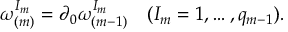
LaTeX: \omega _ { ( m ) } ^ { I _ { m } } = \partial _ { 0 } \omega _ { ( m - 1 ) } ^ { I _ { m } } \quad ( I _ { m } = 1 , \ldots , q _ { m - 1 } ) .